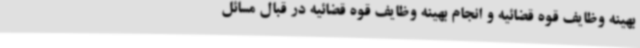
بهینه وظایف قوه قضائیه و انجام بهینه وظایف قوه قضائیه در قبال مسائل